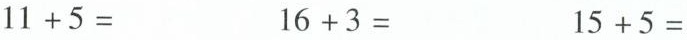
$$1 1 + 5 =$$ $$1 6 + 3 =$$ $$1 5 + 5 =$$